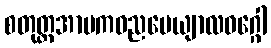
စတုတ္ထအာမကဓညပေယျာလဝဂ္ဂေါ